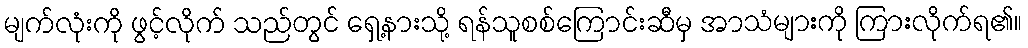
မျက်လုံးကို ဖွင့်လိုက် သည်တွင် ရှေ့နားသို့ ရန်သူစစ်ကြောင်းဆီမှ အာသံများကို ကြားလိုက်ရ၏။